Annual administration report of the Civil Veterinary Department, Ajmere-Merwara, British Rajputana - 1914-1940
Year: 1914
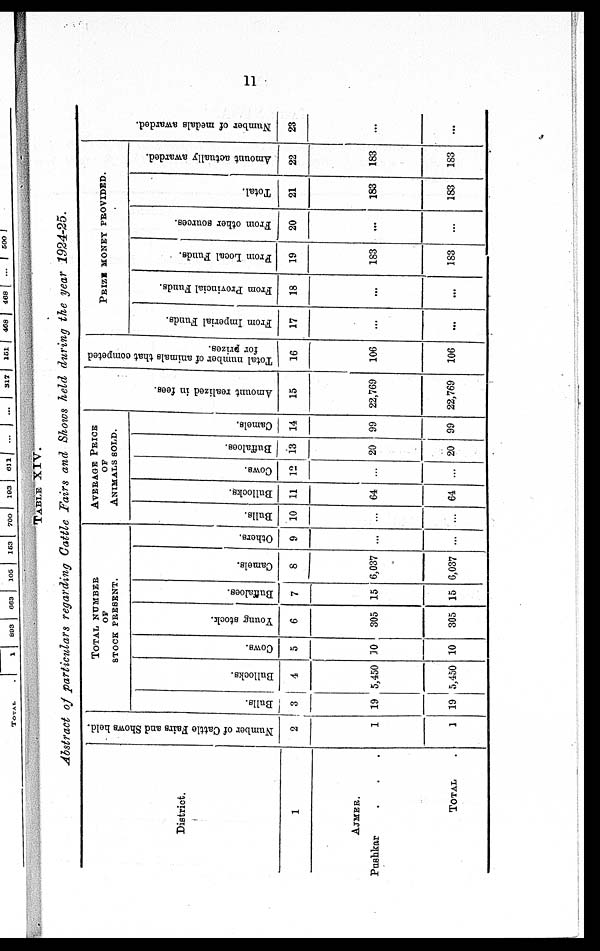
11
TABLE
XIV.
Abstract of particulars
regarding Cattle Fairs and Shows held during the year
1924-25.
District.
1
AJMER.
Pushkar . . .
TOTAL
Number of Cattle Fairs and Shows hold.
2
1
1
TOTAL
NUMBER
OF
STOCK
PRESENT.
Bulls.
3
19
19
Bullocks.
4
5,450
5,450
Cows.
5
10
10
Young stock.
6
305
305
Buffaloes.
7
15
15
Camels.
8
6,037
6,037
Others.
9
...
...
AVERAGE
PRICE
OF
ANIMALS
SOLD.
Bulls.
10
...
...
Bullocks.
11
64
64
Cows.
12
...
...
Buffaloes.
13
20
20
Camels.
14
99
99
Amo u n t r e a l i z e d in fees.
15
22,769
22,769
Total number of animals that competed
for prizes.
16
106
106
PRIZE MONEY PROVIDED.
From Imperial Funds.
17
...
...
From Provincial Funds.
18
...
...
From Local Fuuds.
19
183
183
From other sources.
20
...
...
Total.
21
183
183
Amount actually awarded.
22
183
183
Nu mb e r of medals awarded.
23
...
...